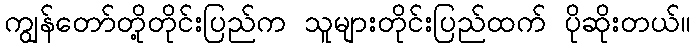
ကျွန်တော်တို့တိုင်းပြည်က သူများတိုင်းပြည်ထက် ပိုဆိုးတယ်။